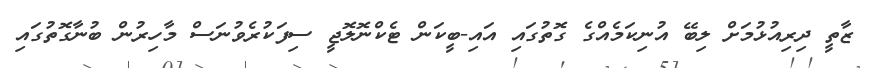
ޒާތީ ދިރިއުޅުމަށް ލިބޭ އުނިކަމެއްގެ ގޮތުގައި އައި-ބީކަން ޓެކްނޮލޮޖީ ސިފަކުރެވުނަސް މާހިރުން ބުނާގޮތުގައި